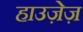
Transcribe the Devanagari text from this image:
हाउज़ेज़